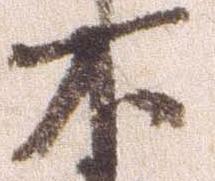
不